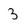
Character: 3